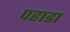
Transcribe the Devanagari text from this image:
पहाडा